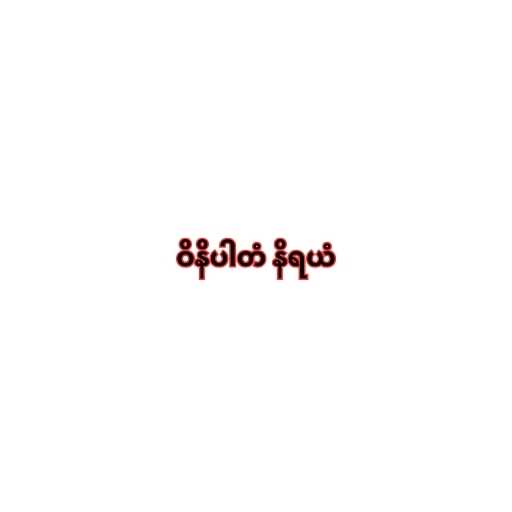
ဝိနိပါတံ နိရယံ